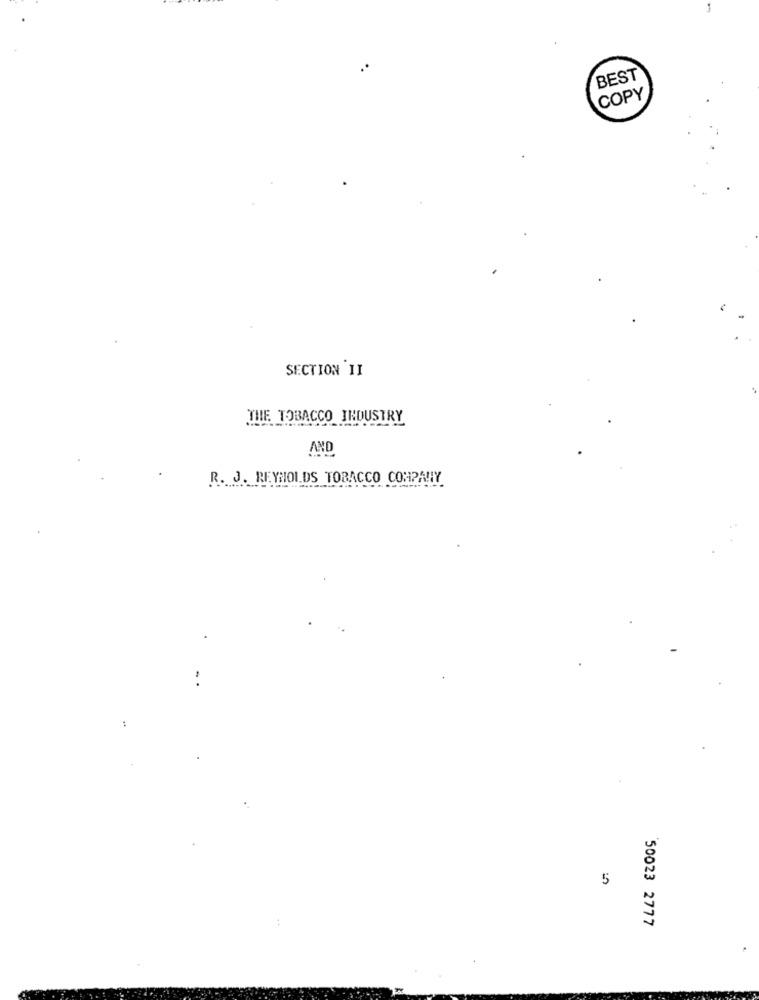
BEST
COPY
SECTION II
THE TOBACCO INDUSTRY
AND
R. J. REYNOLDS TOBACCO COMPANY
:
5
50023 2777